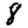
Digit: 8